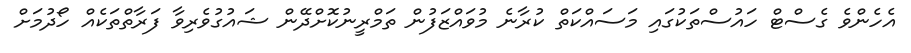
އެހެންވެ ގެސްޓް ހައުސްތަކުގައި މަސައްކަތް ކުރާނެ މުވައްޒަފުން ތަމްރީނުކޮށްދޭން ޝައުގުވެރިވާ ފަރާތްތަކެއް ހޯދުމަށް